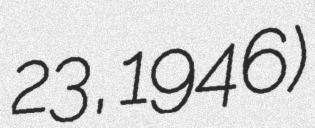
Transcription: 23, 1946)